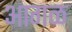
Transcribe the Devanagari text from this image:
अागळ